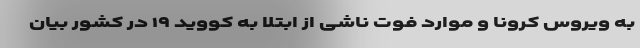
به ویروس کرونا و موارد فوت ناشی از ابتلا به کووید ۱۹ در کشور بیان